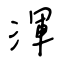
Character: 渾